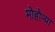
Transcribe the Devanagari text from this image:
मोहोऱ्या